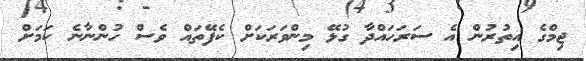
ޖިމްގެ އިތުރުން އެ ސަރަހައްދާ ގުޅޭ މިންވަރަކަށް ކެފޭތައް ވެސް ހުންނާނެ ކަމަށް